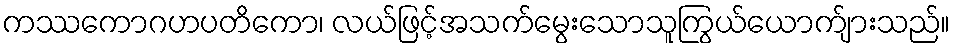
ကဿကောဂဟပတိကော၊ လယ်ဖြင့်အသက်မွေးသောသူကြွယ်ယောက်ျားသည်။